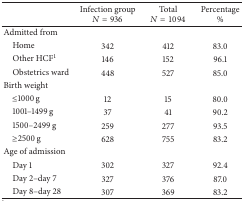
|  | Infection groupN = 936 | TotalN = 1094 | Percentage% |
 | --- | --- | --- | --- |
 | Admitted from |  |  |  |
 | Home | 342 | 412 | 83.0 |
 | Other HCF1 | 146 | 152 | 96.1 |
 | Obstetrics ward | 448 | 527 | 85.0 |
 | Birth weight |  |  |  |
 | ≤1000 g | 12 | 15 | 80.0 |
 | 1001–1499 g | 37 | 41 | 90.2 |
 | 1500–2499 g | 259 | 277 | 93.5 |
 | ≥2500 g | 628 | 755 | 83.2 |
 | Age of admission |  |  |  |
 | Day 1 | 302 | 327 | 92.4 |
 | Day 2–day 7 | 327 | 376 | 87.0 |
 | Day 8–day 28 | 307 | 369 | 83.2 |